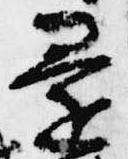
還